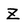
Character: Z